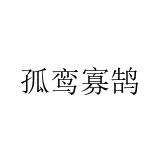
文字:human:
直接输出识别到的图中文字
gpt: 孤鸾寡鹄